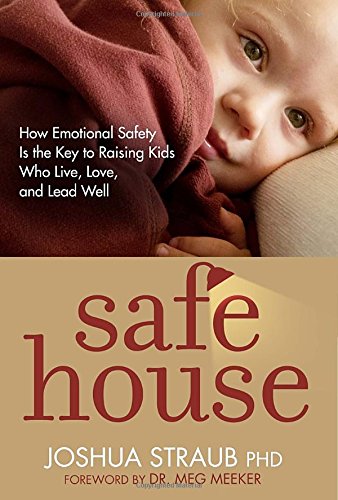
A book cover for Safe House: How Emotional Safety Is the Key to Raising Kids Who Live, Love, and Lead Well; Joshua Straub; Christian Books & Bibles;